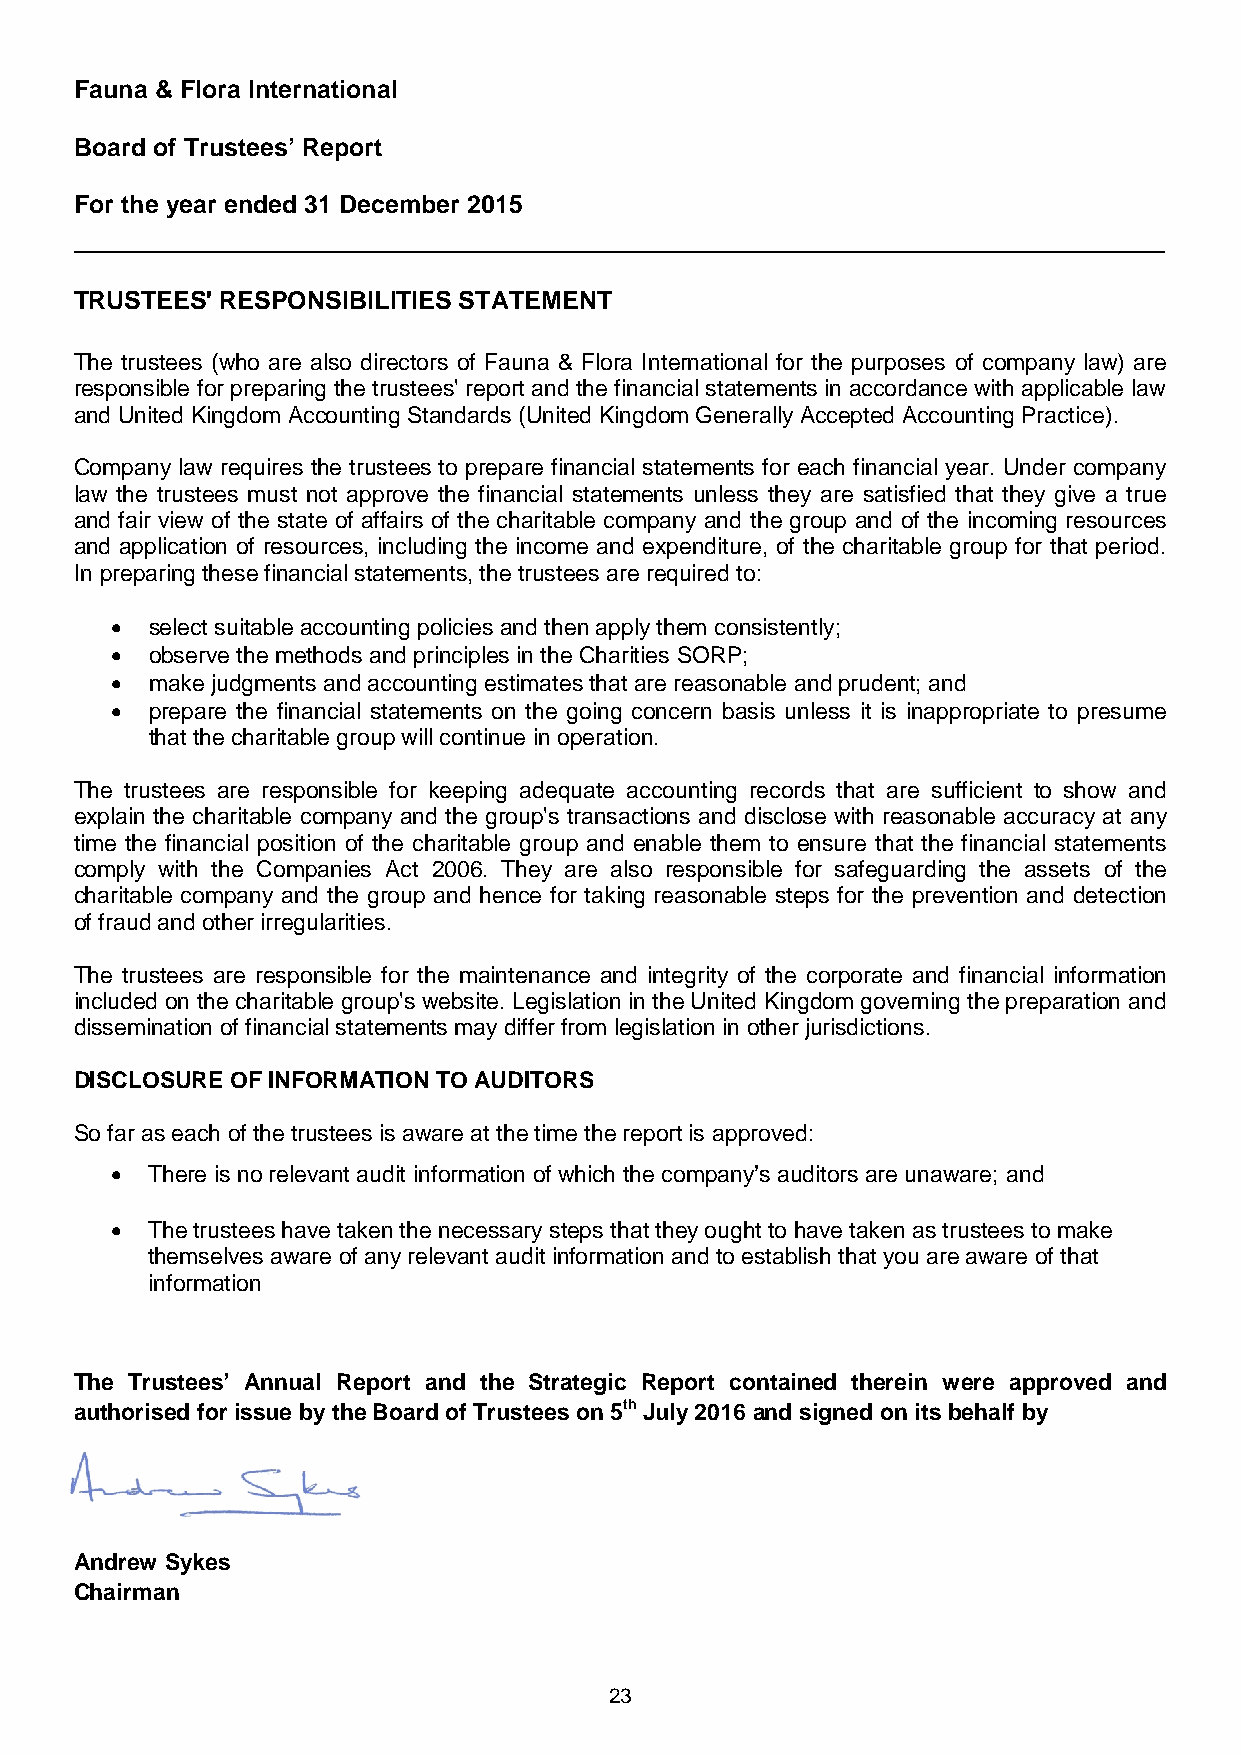
Fauna & Flora International
 Board of Trustees’ Report
 For the year ended 31 December 2015
 TRUSTEES' RESPONSIBILITIES STATEMENT
 The trustees (who are also directors of Fauna & Flora International for the purposes of company law) are
 responsible for preparing the trustees' report and the financial statements in accordance with applicable law
 and United Kingdom Accounting Standards (United Kingdom Generally Accepted Accounting Practice).
 Company law requires the trustees to prepare financial statements for each financial year. Under company
 law the trustees must not approve the financial statements unless they are satisfied that they give a true
 and fair view of the state of affairs of the charitable company and the group and of the incoming resources
 and application of resources, including the income and expenditure, of the charitable group for that period.
 In preparing these financial statements, the trustees are required to:
 •  select suitable accounting policies and then apply them consistently;
 •  observe the methods and principles in the Charities SORP;
 •  make judgments and accounting estimates that are reasonable and prudent; and
 •  prepare the financial statements on the going concern basis unless it is inappropriate to presume
 that the charitable group will continue in operation.
 The trustees are responsible for keeping adequate accounting records that are sufficient to show and
 explain the charitable company and the group's transactions and disclose with reasonable accuracy at any
 time the financial position of the charitable group and enable them to ensure that the financial statements
 comply with the Companies Act 2006. They are also responsible for safeguarding the assets of the
 charitable company and the group and hence for taking reasonable steps for the prevention and detection
 of fraud and other irregularities.
 The trustees are responsible for the maintenance and integrity of the corporate and financial information
 included on the charitable group's website. Legislation in the United Kingdom governing the preparation and
 dissemination of financial statements may differ from legislation in other jurisdictions.
 DISCLOSURE OF INFORMATION TO AUDITORS
 So far as each of the trustees is aware at the time the report is approved:
 •  There is no relevant audit information of which the company’s auditors are unaware; and
 •  The trustees have taken the necessary steps that they ought to have taken as trustees to make
 themselves aware of any relevant audit information and to establish that you are aware of that
 information
 The Trustees’ Annual Report and the Strategic Report contained therein were approved and
 authorised for issue by the Board of Trustees on 5th July 2016 and signed on its behalf by
 Andrew Sykes
 Chairman
 23